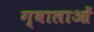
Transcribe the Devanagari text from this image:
ग्वालाओं